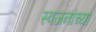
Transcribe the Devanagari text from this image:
स्वजनांच्या